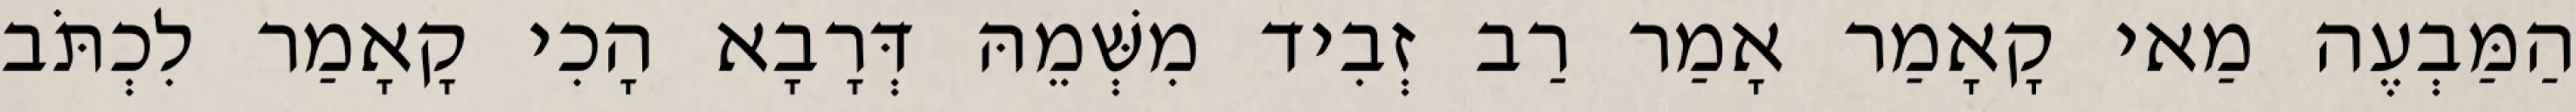
הַמַּבְעֶה מַאי קָאָמַר אָמַר רַב זְבִיד מִשְּׁמֵהּ דְּרָבָא הָכִי קָאָמַר לִכְתֹּב